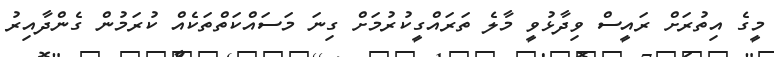
މީގެ އިތުރަށް ރައީސް ވިދާޅުވީ މާލެ ތަރައްގީކުރުމަށް ގިނަ މަސައްކަތްތަކެއް ކުރަމުން ގެންދާއިރު